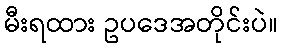
မီးရထား ဥပဒေအတိုင်းပဲ။